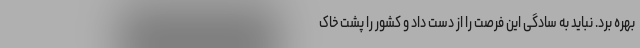
بهره برد. نباید به سادگی این فرصت را از دست داد و کشور را پشت خاک